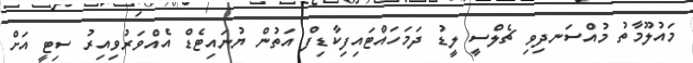
މައުލޫމާތު މުއްސަނދިވި ޗެލްސީ ލީޑު ދަމަހައްޓައިފިކާޑިފް އަތުން ޔުނައިޓެޑް އެއްވަރުވިއިރު ސިޓީ އަށް